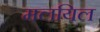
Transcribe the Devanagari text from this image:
मलयिल